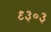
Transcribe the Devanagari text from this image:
९३०३